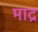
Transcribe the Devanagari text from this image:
माद्र